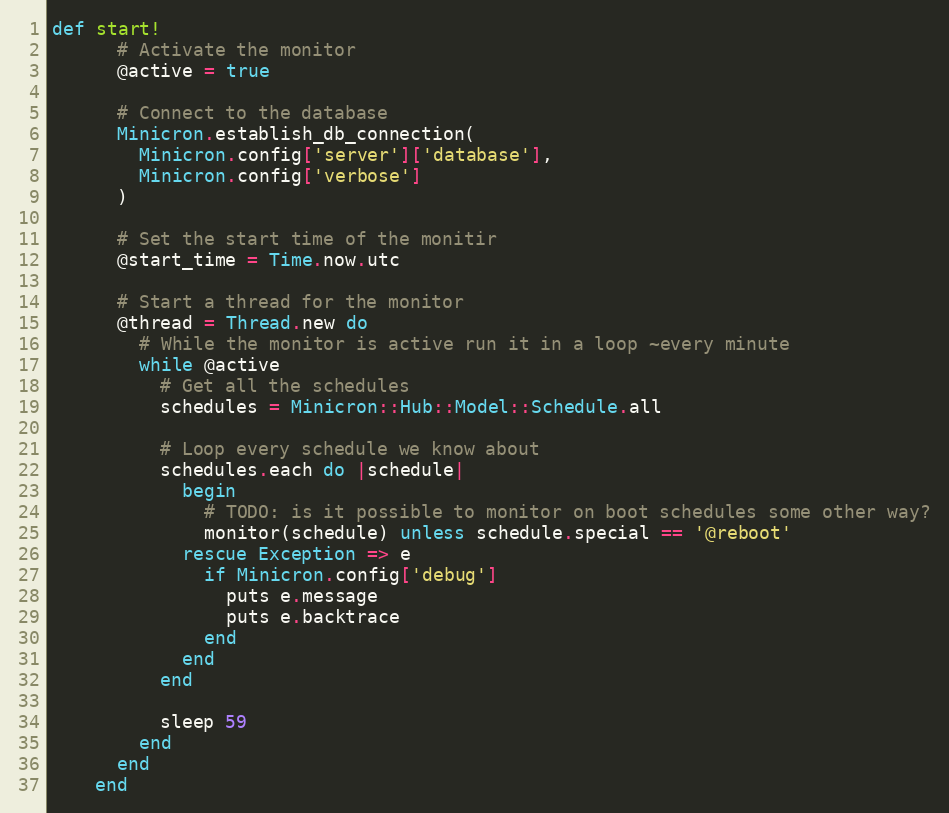
Language: Ruby
def start!
      # Activate the monitor
      @active = true

      # Connect to the database
      Minicron.establish_db_connection(
        Minicron.config['server']['database'],
        Minicron.config['verbose']
      )

      # Set the start time of the monitir
      @start_time = Time.now.utc

      # Start a thread for the monitor
      @thread = Thread.new do
        # While the monitor is active run it in a loop ~every minute
        while @active
          # Get all the schedules
          schedules = Minicron::Hub::Model::Schedule.all

          # Loop every schedule we know about
          schedules.each do |schedule|
            begin
              # TODO: is it possible to monitor on boot schedules some other way?
              monitor(schedule) unless schedule.special == '@reboot'
            rescue Exception => e
              if Minicron.config['debug']
                puts e.message
                puts e.backtrace
              end
            end
          end

          sleep 59
        end
      end
    end